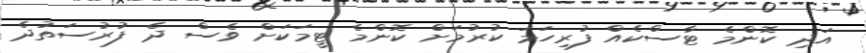
އަދި ކޮންމެ ޓާސްކެއް ފުރިހަމަ ކުރުމަށް ކޮންމެ ޓީމަކަށް ވެސް ދެ ފުރުސަތުދެ